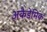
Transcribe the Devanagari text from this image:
अकैडेमिक